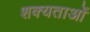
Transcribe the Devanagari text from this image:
शक्यताओं